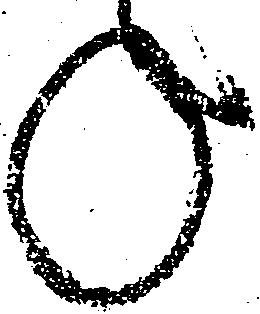
ね